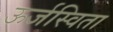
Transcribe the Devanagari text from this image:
ऊर्जस्विता